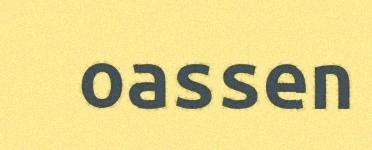
oassen